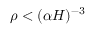
\rho < ( \alpha H ) ^ { - 3 }